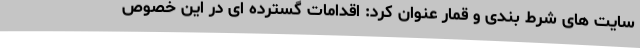
سایت های شرط بندی و قمار عنوان کرد: اقدامات گسترده ای در این خصوص